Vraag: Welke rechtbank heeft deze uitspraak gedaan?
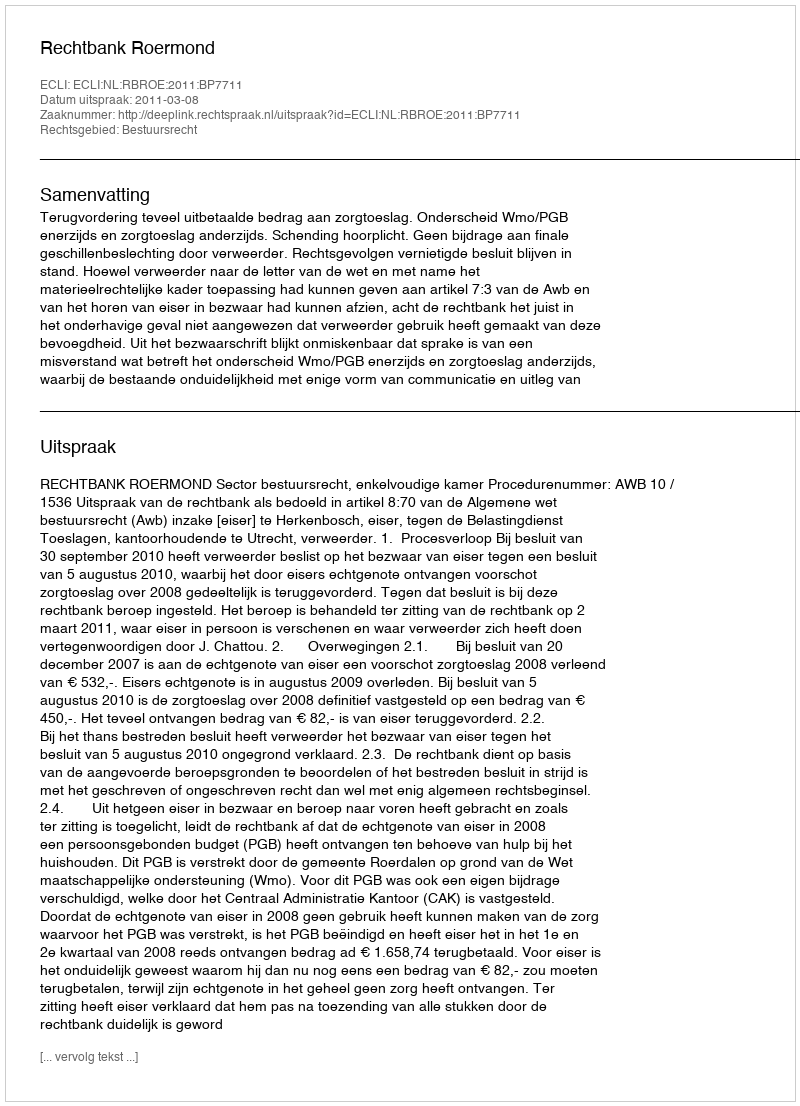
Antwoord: Rechtbank Roermond